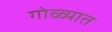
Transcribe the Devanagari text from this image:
गोळ्यात